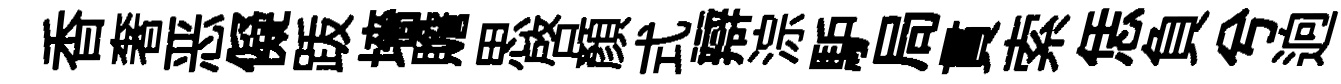
香奢恶儗䟦墻贍思啓顔式辯淙馿局貫索恁負兮逈